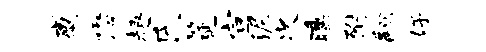
感懋趣氏筵宣泥次曛附翮好